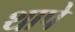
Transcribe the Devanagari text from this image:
थापे